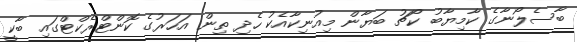
ބާސެލޯނާގެ ކާމިޔާބު ކޯޗު ބަޔާން މިއުނިކާއެކު ހެދި ތިން އަހަރުގެ ކޮންޓްރެކްޓްގައި ބާކީ